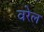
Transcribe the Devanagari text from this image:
वरेल